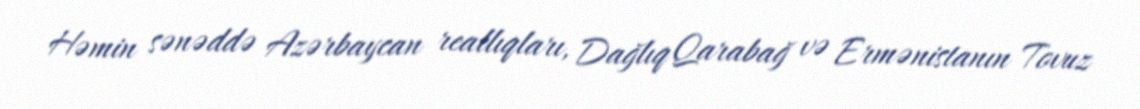
Həmin sənəddə Azərbaycan reallıqları, Dağlıq Qarabağ və Ermənistanın Tovuz